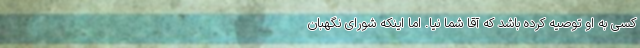
کسی به او توصیه کرده باشد که آقا شما نیا. اما اینکه شورای نگهبان